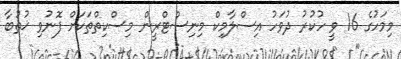
މިމަހުގެ 16 ވީ ހުކުރު ދުވަހު އިސްލާމިކް މިނިސްޓްރީން މިސްކިތްތަކަށް ފޮނުވި ޚުތުބާ